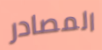
المصادر